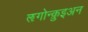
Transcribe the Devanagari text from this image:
ऌगोन्क़ुइअन